Civil Veterinary Dept. North-West Frontier Province 1923-32 - 1923-1932
Year: 1923
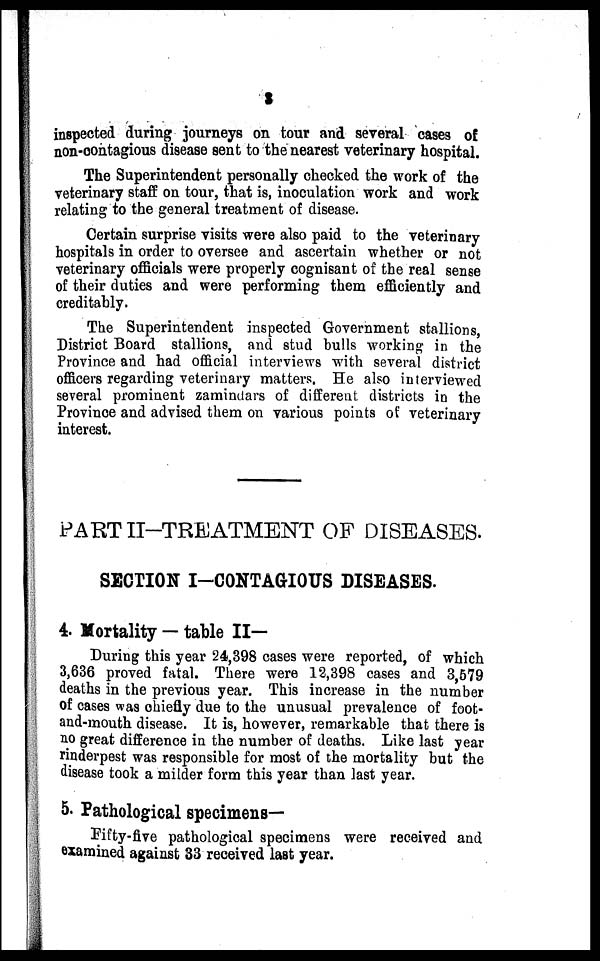
3
inspected during journeys on tour and several cases of
non-contagious disease sent to the nearest veterinary hospital.
The Superintendent personally checked the work of the
veterinary staff on tour, that is, inoculation work and work
relating to the general treatment of disease.
Certain surprise visits were also paid to the veterinary
hospitals in order to oversee and ascertain whether or not
veterinary officials were properly cognisant of the real sense
of their duties and were performing them efficiently and
creditably.
The Superintendent inspected Government stallions,
District Board stallions, and stud bulls working in the
Province and had official interviews with several district
officers regarding veterinary matters. He also interviewed
several prominent zamindars of different districts in the
Province and advised them on various points of veterinary
interest.
PART II-TREATMENT OF DISEASES.
SECTION I-CONTAGIOUS DISEASES.
4. Mortality — table II—
During this year 24,398 cases were reported, of which
3,636 proved fatal. There were 12,398 cases and 3,579
deaths in the previous year. This increase in the number
of cases was chiefly due to the unusual prevalence of foot-
and-mouth disease. It is, however, remarkable that there is
no great difference in the number of deaths. Like last year
rinderpest was responsible for most of the mortality but the
disease took a milder form this year than last year.
5. Pathological specimens—
Fifty-five pathological specimens were received and
examined against 33 received last year.